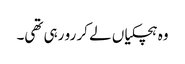
وہ ہچکیاں لے کر رو رہی تھی۔